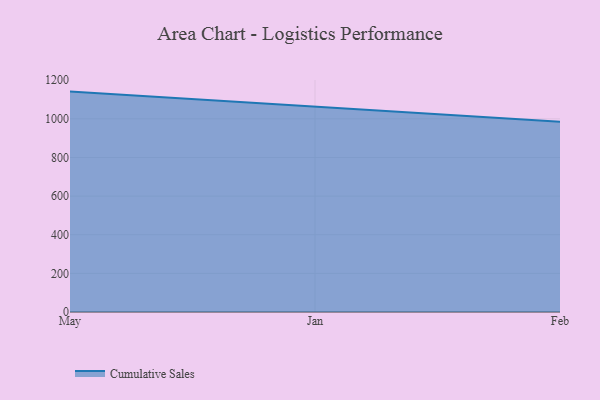
{"axis": {"x": "Month", "y": "Production Output"}, "legend": ["Cumulative Sales"], "data": [{"x": "May", "y": 1140.9, "type": "Cumulative Sales"}, {"x": "Jan", "y": 1062.8, "type": "Cumulative Sales"}, {"x": "Feb", "y": 985.2, "type": "Cumulative Sales"}]}